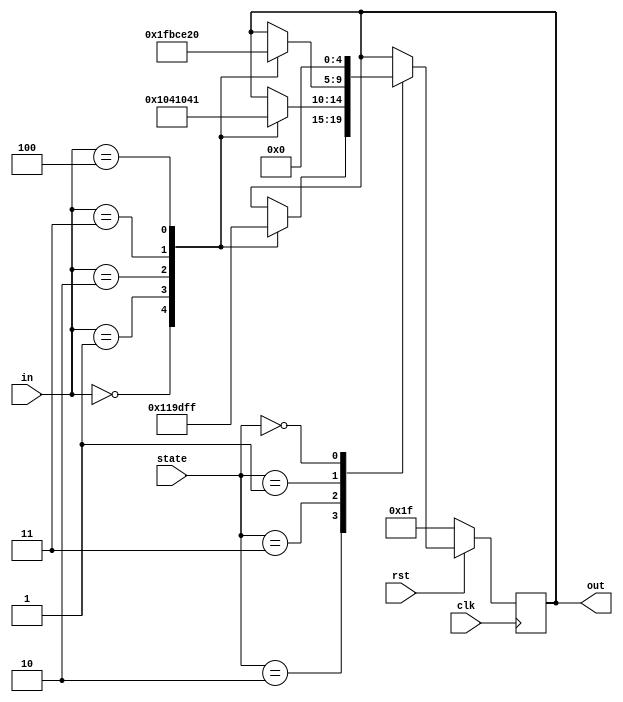
module led_display(state,in,out,clk,rst);
	input wire[2:0] in;
	input wire[1:0] state;
	output reg[4:0] out;
	input rst;
	input clk;
	
	always @(posedge clk) begin
		if(~rst) out <= 5'b11111;
		else begin
			case(state)
				2'b10 : begin // *00 -> 0*0 -> 00* 
					case (in) 
						3'd0: out <= 5'b00001;
						3'd1: out <= 5'b00011;
						3'd2: out <= 5'b00111;
						3'd3: out <= 5'b01111;
						3'd4: out <= 5'b11111;
					endcase
					end
				2'b11 : begin // 00* -> 0** -> *0*
					case (in)
						3'd0: out <= 5'b10000;
						3'd1: out <= 5'b01000;
						3'd2: out <= 5'b00100;
						3'd3: out <= 5'b00010;
						3'd4: out <= 5'b00001;
					endcase
					end
				2'b01 : begin // *** -> 0** -> 00* 
					case (in) 
						3'd0: out <= 5'b11111;
						3'd1: out <= 5'b10111;
						3'd2: out <= 5'b10011;
						3'd3: out <= 5'b10001;
						3'd4: out <= 5'b00000;
					endcase
					end
				2'b00 : begin // 00*
						out <= 5'b00000;
					end
				default :;
			endcase
		end
	end
	
endmodule